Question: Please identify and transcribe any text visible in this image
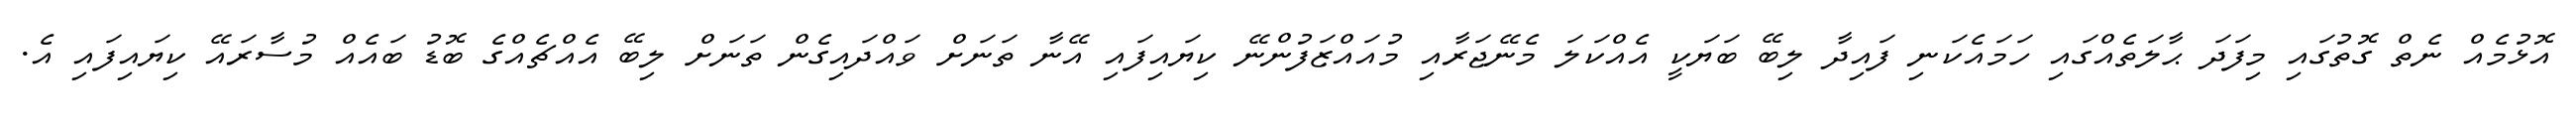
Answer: އޮޅުމެއް ނެތް ގޮތުގައި މިފަދަ ޙާލަތެއްގައި ހަމައެކަނި ފައިދާ ލިބޭ ބަޔަކީ އެއްކަލަ މެނޭޖަރާއި މުއައްޒަފުންނޭ ކިޔައިފައި އޭނާ ތަނަށް ވައްދައިގެން ތަނަށް ލިބޭ އެއްޗެއްގެ ބޮޑު ބައެއް މުސާރައޭ ކިޔައިފައި އެ.